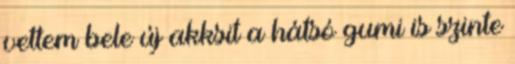
vettem bele új akksit a hátsó gumi is szinte